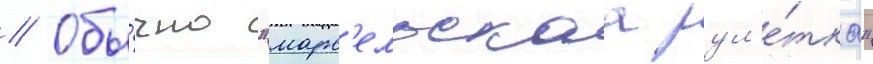
// Обы́чно "марс'ельскаа рул'е́тка"